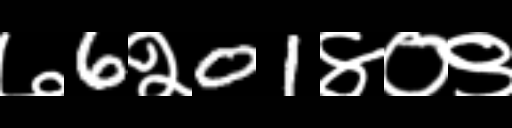
Text: ७6२01४०९